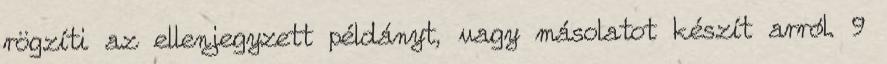
rögzíti az ellenjegyzett példányt, vagy másolatot készít arról. 9